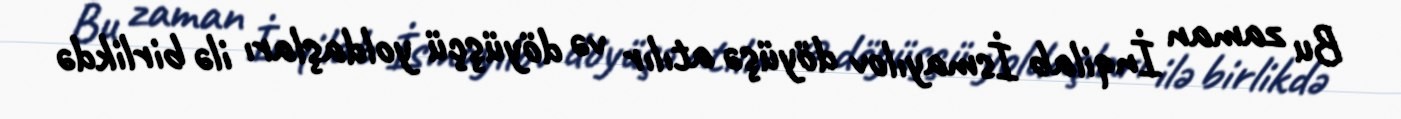
Bu zaman İnqilab İsmayılov döyüşə atılır və döyüşçü yoldaşları ilə birlikdə